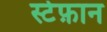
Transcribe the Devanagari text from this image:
स्टेफ़ान